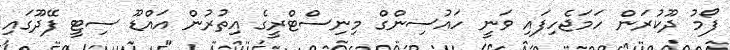
ފޯމު ދޫކުރަން ހަމަޖެހިފައި ވަނީ ހައުސިންގް މިނިސްޓްރީގެ އިތުރުން އައްޑޫ ސިޓީ ފޭދޫގައި